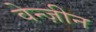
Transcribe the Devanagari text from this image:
वेन्ज़ीन